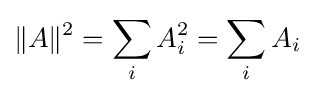
\|A\|^{2}=\sum _{i}A_{i}^{2}=\sum _{i}A_{i}